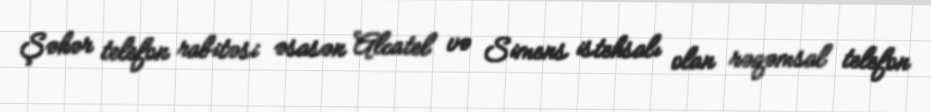
Şəhər telefon rabitəsi əsasən Alcatel və Simens istehsalı olan rəqəmsal telefon